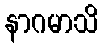
နာဂမာသိ